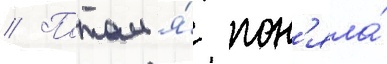
// Потом я́ пон'яла́